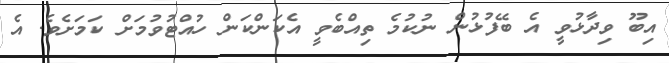
އިބޫ ވިދާޅުވީ އެ ބޭފުޅުން ނުކުމެ ތިއްބެވީ އެކަންކަން ހުއްޓުވުމަށް ކަމަށެވެ. އެ